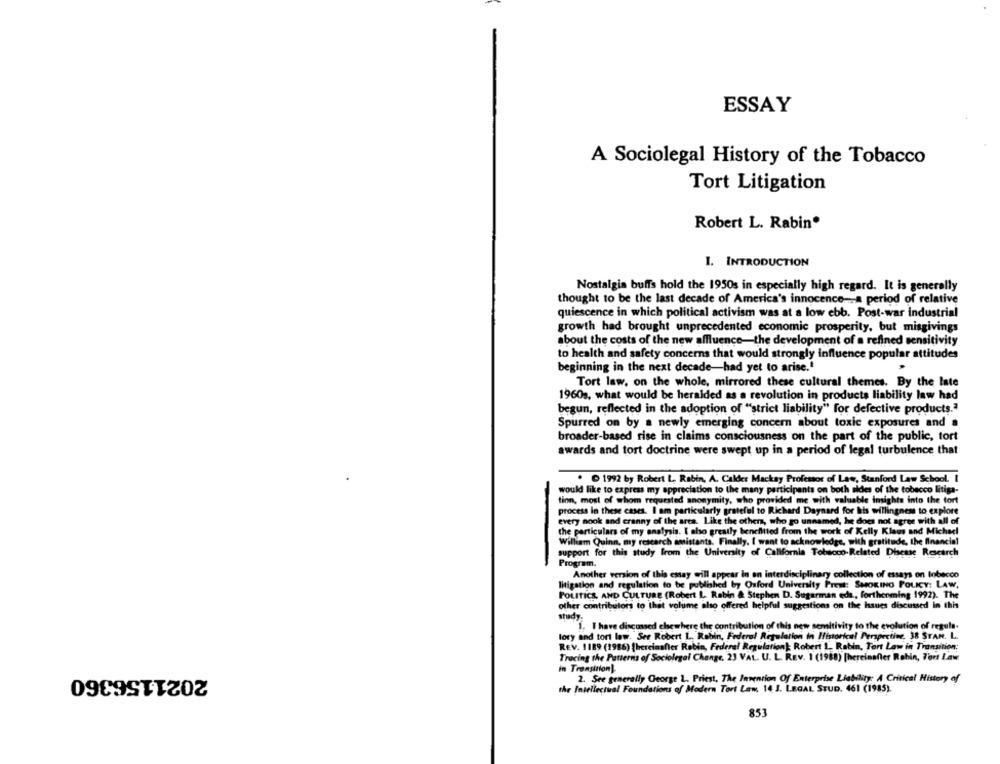
ESSAY
A Sociolegal History of the Tobacco
Tort Litigation
Robert L. Rabin
I. INTRODUCTION
Nostalgia buffs hold the 1950s in especially high regard. It is generally
thought to be the last decade of America's innocence -- a period of relative
quiescence in which political activism was at a low ebb. Post-war industrial
growth had brought unprecedented economic prosperity, but misgivings
about the costs of the new affluence-the development of a refined sensitivity
to health and safety concerns that would strongly influence popular attitudes
beginning in the next decade-had yet to arise .*
Tort law, on the whole, mirrored these cultural themes. By the late
1960s, what would be heralded as a revolution in products liability law had
begun, reflected in the adoption of "strict liability" for defective products.ª
Spurred on by a newly emerging concern about toxic exposures and a
broader-based rise in claims consciousness on the part of the public, tort
awards and tort doctrine were swept up in a period of legal turbulence that
. D 1992 by Robert L. Rabin, A. Calder Mackay Professor of Law, Stanford Law School. I
would like to express my appreciation to the many participants on both sides of the tobacco litiga-
tion, most of whom requested anonymity, who provided me with valuable insights into the tort
process in these cases. I am particularly grateful to Richard Daynard for his willingness to explore
-
every nook and cranny of the area. Like the others, who go unnamed, he does not agree with all of
the particulars of my analysis. I also greatly benefited from the work of Kelly Klaus and Michael
William Quinn, my research assistants. Finally, I want to acknowledge, with gratitude, the financial
support for this study from the University of California Tobacco-Related Disease Research
-
Program.
Another version of this essay will appear in an interdisciplinary collection of essays on Inbecco
litigation and regulation to be published by Oxford University Press: SMOKING POLICY: LAW,
POLITICS, AND CULTURE (Robert L. Rabin & Stephen D. Sugarman eda ., forthcoming 1992). The
other contributors to that volume also offered helpful suggestions on the Issues discussed in this
study.
1. I have discussed elsewhere the contribution of this new semitivity to the evolution of regula-
lory and tort law. See Robert L. Robin, Federal Regulation in Historical Perspective, 38 STAN. L.
REV. 1189 (1986) {hereinafter Rebin, Federal Regulation): Robert L. Rabin, Tort Law in Transition:
Tracing the Patterns of Sociolegal Change, 23 VAL. U. L. REV. 1 (1988) [hereinafter Robin, T'art Law
2021156360
in Transition).
2. See generally George L. Priest, The Invention Of Enterprise Liability: A Critical History of
the Intellectual Foundations of Modern Tort Law. 14 J. LEGAL STUD. 461 (1985).
853